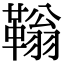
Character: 䩺